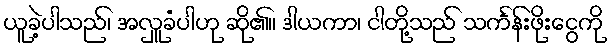
ယူခဲ့ပါသည်၊ အလှူခံပါဟု ဆို၏။ ဒါယကာ၊ ငါတို့သည် သင်္ကန်းဖိုးငွေကို